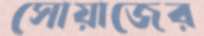
সোয়াজের